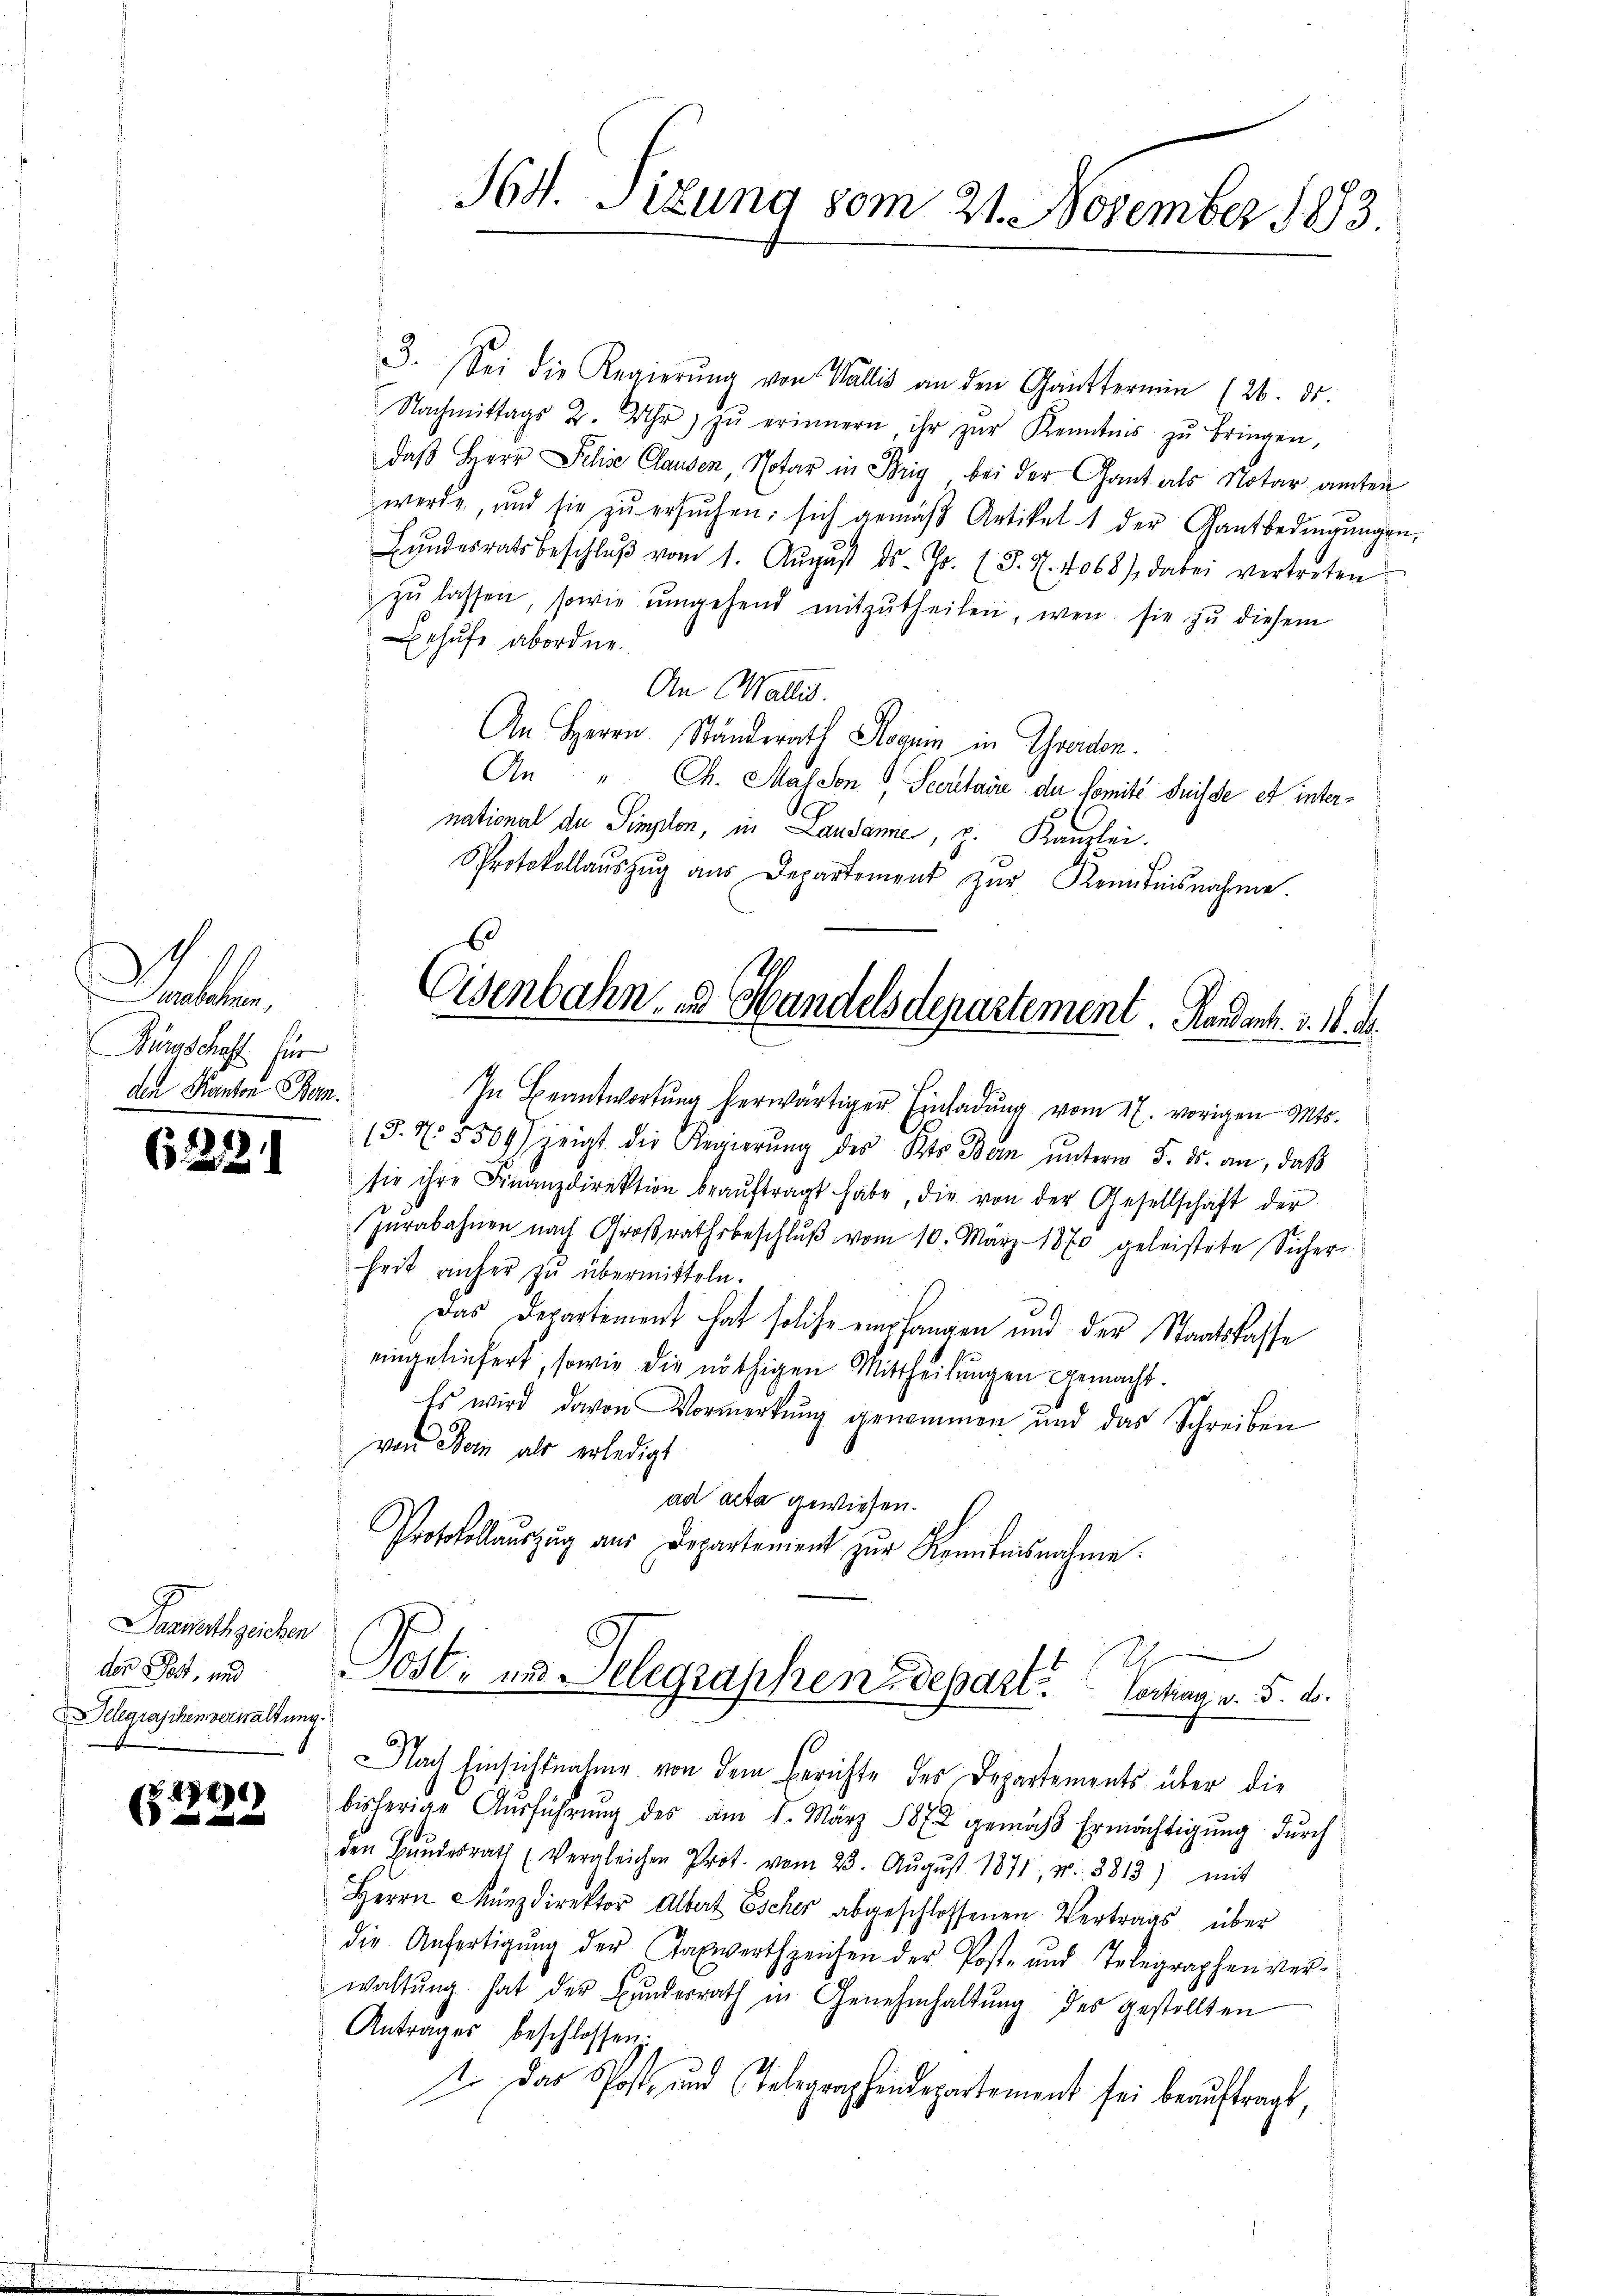
lle
Bürgschaft für
den Kanton Bon.

62212

.

Dasserth zeichen
der Post, und
Delegraschen verwaltung.

Z 274)

Hr. Sizung vom 21. November 1883.

Eisenbahn u Handelsdepartement Handant. v. 18. d.

3. Sei die Regierŭng von Wallis an den Ganttermin (26. ds.
Nachmittags 2. Uhr zŭ erinnern ihr zŭr Kenntnis zŭ bringen,
daß Herr Felse Clausen, Notar in Brig bei der Gant als Notar amten
werde, und sie zŭ ersŭchen; sich gemäβ Artikel 1 der Gantbedingŭngen,
Lŭndesrats beschlŭβ vom 1. Aŭgŭst ds. Js. (T. N. 4068), dabei vertreten
zŭ lassen, sowie ŭmgehend mitzŭtheilen, wenn sie zŭ diesem
ehufe abordne.
An Wallis.
An Herrn Ständerath Stanin in Graden.
An " Ch. Maj von Secretaire de Comité Suisse et international du Timplon, in Landanne, z. Kanzlei.
Protokollaŭszŭg aŭs Departement zŭr Reitensnahme.

In Beantwortung herwärtiger Einladung vom 17. vorigen Mts.
(§. N. 5569/ zeigt die Regierŭng des Kts. Bern ŭnterm 5. ds. an, daβ
sie ihre Finanzdirektion beaŭftragt habe, die von der Gesellschaft der
Zŭrabahnen nach Groβrathsbeschlŭβ vom 10. März 1870. geleistete Sicher-
heit anher zu übermitteln.
u
Das Departement hat solche empfangen und der Staatskasse
eingeliefert, sowie die nöthigen Mittheilungen gemacht.
Es wird davon Vormerkung genommen und das Schreiben
von der als erledigt
ad acta gewiesen.
Protokollaŭszŭg aŭs Departement zŭr Kenntnisnahme.
J056, und Selegraphendepart. Johan v. 5. d.
Nach Einsichtnahme von dem Berichte des Departements über die
bisherige Ausführung des am 1. März 1872 gemäss Ermächtigung durch
den Bŭndesrath (Vergleichen Prot. vom 23. Aŭgŭst 1871, N. 3813) mit
Herrn Münzdirektor Albert Escher abgeschlossenen Vertrags über
die Anfertigŭng der Taxwertzeichen der Post- und Telegraphen ver-
waltŭng hat der Bŭndesrath in Genehmhaltŭng des gestellten
Antrages beschlossen.
I. Das Post- und Telegraphendepartement sei beauftragt,